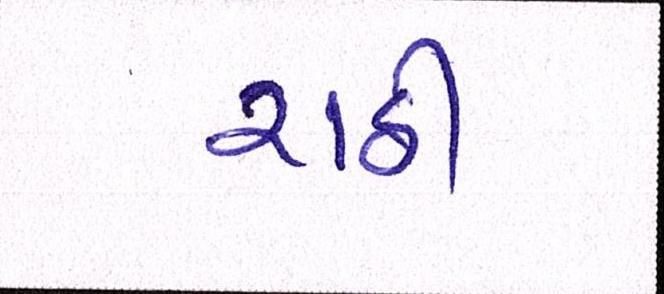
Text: રાઠી